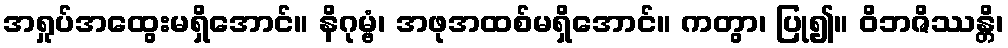
အရှုပ်အထွေးမရှိအောင်။ နိဂုမ္ဗံ၊ အဖုအထစ်မရှိအောင်။ ကတွာ၊ ပြု၍။ ဝိဘဇိဿန္တိ၊